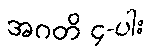
အဂတိ ၄-ပါး